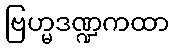
ဗြဟ္မဒဏ္ဍကထာ